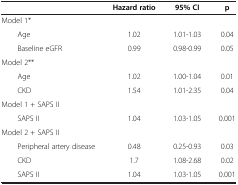
<table><thead><tr><td><b> </b></td><td><b>Hazard ratio</b></td><td><b>95% CI</b></td><td><b>p</b></td></tr></thead><tbody><tr><td>Model 1*</td><td> </td><td> </td><td> </td></tr><tr><td>Age</td><td>1.02</td><td>1.01-1.03</td><td>0.04</td></tr><tr><td>Baseline eGFR</td><td>0.99</td><td>0.98-0.99</td><td>0.05</td></tr><tr><td>Model 2**</td><td> </td><td> </td><td> </td></tr><tr><td>Age</td><td>1.02</td><td>1.00-1.04</td><td>0.01</td></tr><tr><td>CKD</td><td>1.54</td><td>1.01-2.35</td><td>0.04</td></tr><tr><td>Model 1 + SAPS II</td><td> </td><td> </td><td> </td></tr><tr><td>SAPS II</td><td>1.04</td><td>1.03-1.05</td><td>0.001</td></tr><tr><td>Model 2 + SAPS II</td><td> </td><td> </td><td> </td></tr><tr><td>Peripheral artery disease</td><td>0.48</td><td>0.25-0.93</td><td>0.03</td></tr><tr><td>CKD</td><td>1.7</td><td>1.08-2.68</td><td>0.02</td></tr><tr><td>SAPS II</td><td>1.04</td><td>1.03-1.05</td><td>0.001</td></tr></tbody></table>